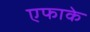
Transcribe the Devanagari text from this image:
एफाके